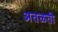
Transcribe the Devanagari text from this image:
अतळती